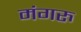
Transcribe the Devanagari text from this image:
मंगरु